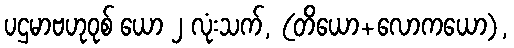
ပဌမာဗဟုဝုစ် ယော ၂ လုံးသက်, (တိယော+လောကယော),